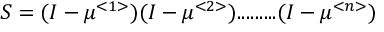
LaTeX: S = ( I - \mu ^ { < 1 > } ) ( I - \mu ^ { < 2 > } ) . . . . . . . . . ( I - \mu ^ { < n > } )